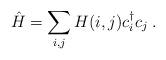
LaTeX: \begin{align*}\hat{H}=\sum_{i,j} H(i,j) c_i^\dagger c_j\;.\end{align*}